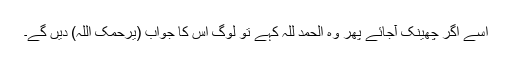
اسے اگر چھینک آجائے پھر وہ الحمد للہ کہے تو لوگ اس کا جواب (یرحمک اللہ) دیں گے۔